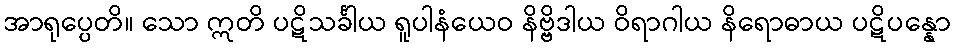
အာရုပ္ပေတိ။ သော ဣတိ ပဋိသင်္ခါယ ရူပါနံယေဝ နိဗ္ဗိဒါယ ဝိရာဂါယ နိရောဓာယ ပဋိပန္နော